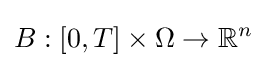
B:[0,T]\times \Omega \to \mathbb {R} ^{n}